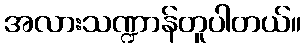
အလားသဏ္ဍာန်တူပါတယ်။